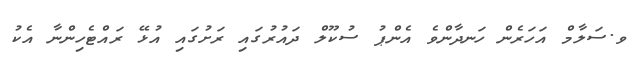
ވ.ސަލާމް އަހަރެން ހަނދާންވެ އެންޕު ސުކޫލް ދައުރުގައި ރަށުގައި އުޅޭ ރައްޓެހިންނާ އެކު